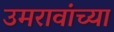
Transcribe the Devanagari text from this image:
उमरावांच्या